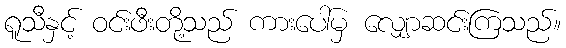
ရူသီနှင့် ဝင်းဖီးတို့သည် ကားပေါ်မှ လျှောဆင်းကြသည်။